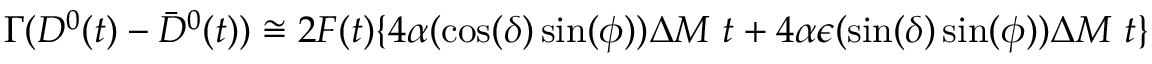
\Gamma ( D ^ { 0 } ( t ) - \bar { D } ^ { 0 } ( t ) ) \cong 2 F ( t ) \{ 4 \alpha ( \cos ( \delta ) \sin ( \phi ) ) \Delta M ~ t + 4 \alpha \epsilon ( \sin ( \delta ) \sin ( \phi ) ) \Delta M ~ t \}